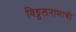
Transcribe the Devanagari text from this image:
विठ्ठलनामाची